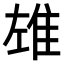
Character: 𨾬